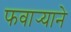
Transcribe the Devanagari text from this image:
फवार्‍याने